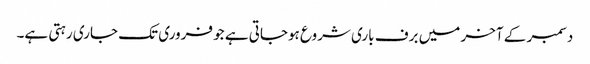
دسمبر کے آخر میں برف باری شروع ہوجاتی ہے جو فروری تک جاری رہتی ہے۔